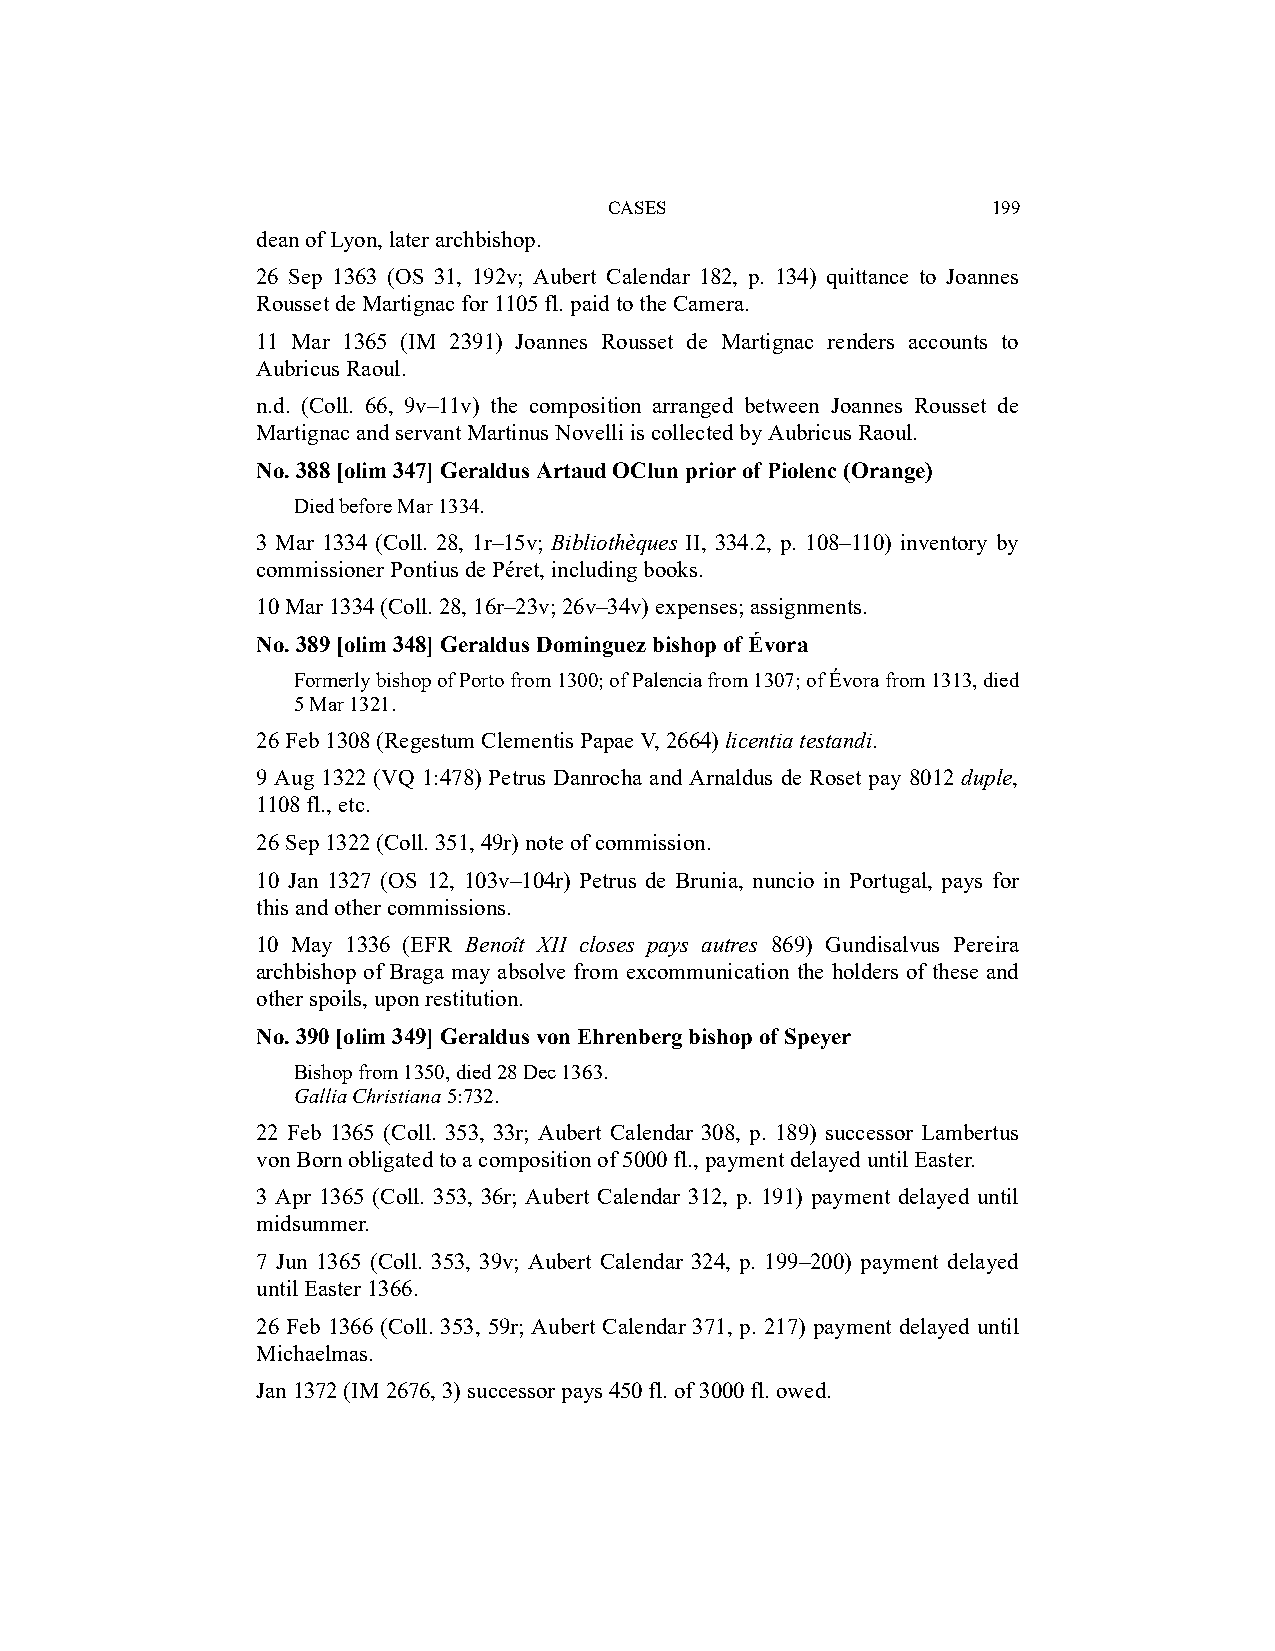
CASES                     199
 dean of Lyon, later archbishop.
 26 Sep 1363 (OS 31, 192v; Aubert Calendar 182, p. 134) quittance to Joannes
 Rousset de Martignac for 1105 fl. paid to the Camera.
 11 Mar 1365 (IM 2391) Joannes Rousset de Martignac renders accounts to
 Aubricus Raoul.
 n.d. (Coll. 66, 9v–11v) the composition arranged between Joannes Rousset de
 Martignac and servant Martinus Novelli is collected by Aubricus Raoul.
 No. 388 [olim 347] Geraldus Artaud OClun prior of Piolenc (Orange)
 Died before Mar 1334.
 3 Mar 1334 (Coll. 28, 1r–15v; Bibliothèques II, 334.2, p. 108–110) inventory by
 commissioner Pontius de Péret, including books.
 10 Mar 1334 (Coll. 28, 16r–23v; 26v–34v) expenses; assignments.
 No. 389 [olim 348] Geraldus Dominguez bishop of Évora
 Formerly bishop of Porto from 1300; of Palencia from 1307; of Évora from 1313, died
 5 Mar 1321.
 26 Feb 1308 (Regestum Clementis Papae V, 2664) licentia testandi.
 9 Aug 1322 (VQ 1:478) Petrus Danrocha and Arnaldus de Roset pay 8012 duple,
 1108 fl., etc.
 26 Sep 1322 (Coll. 351, 49r) note of commission.
 10 Jan 1327 (OS 12, 103v–104r) Petrus de Brunia, nuncio in Portugal, pays for
 this and other commissions.
 10 May 1336 (EFR Benoît XII closes pays autres 869) Gundisalvus Pereira
 archbishop of Braga may absolve from excommunication the holders of these and
 other spoils, upon restitution.
 No. 390 [olim 349] Geraldus von Ehrenberg bishop of Speyer
 Bishop from 1350, died 28 Dec 1363.
 Gallia Christiana 5:732.
 22 Feb 1365 (Coll. 353, 33r; Aubert Calendar 308, p. 189) successor Lambertus
 von Born obligated to a composition of 5000 fl., payment delayed until Easter.
 3 Apr 1365 (Coll. 353, 36r; Aubert Calendar 312, p. 191) payment delayed until
 midsummer.
 7 Jun 1365 (Coll. 353, 39v; Aubert Calendar 324, p. 199–200) payment delayed
 until Easter 1366.
 26 Feb 1366 (Coll. 353, 59r; Aubert Calendar 371, p. 217) payment delayed until
 Michaelmas.
 Jan 1372 (IM 2676, 3) successor pays 450 fl. of 3000 fl. owed.